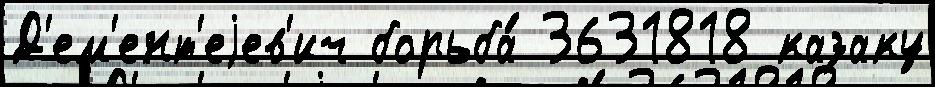
Д'ем'ент'еjев'ич борьба́ 3631818 казаку